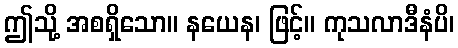
ဤသို့ အစရှိသော။ နယေန၊ ဖြင့်။ ကုသလာဒီနံပိ၊